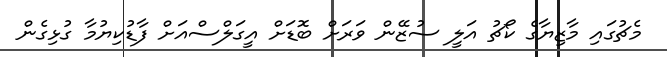
މެޗުގައި މާޒިޔާގެ ކޯޗު އަލީ ސުޒޭން ވަރަށް ބޮޑަށް އީގަލްސްއަށް ފާޑުކިޔުމާ ގުޅިގެން